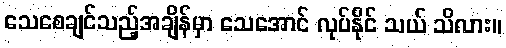
သေစေချင်သည့်အချိန်မှာ သေအောင် လုပ်နိုင် သယ် သိလား။